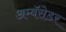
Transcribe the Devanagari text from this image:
अम्बॅसेडर